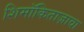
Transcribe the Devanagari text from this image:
शिमॉकिताज़ावा